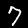
Label: 7